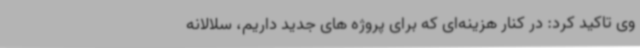
وی تاکید کرد: در کنار هزینه‌ای که برای پروژه های جدید داریم، سلالانه